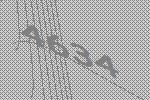
4634